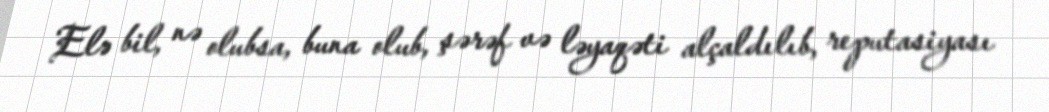
Elə bil, nə olubsa, buna olub, şərəf və ləyaqəti alçaldılıb, reputasiyası